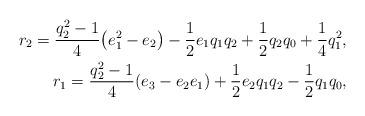
LaTeX: \begin{align*}r_2=\dfrac{q_2^2-1}{4}\big(e_1^2-e_2\big)-\frac{1}{2}e_1q_1q_2+\frac{1}{2}q_2q_0+\frac{1}{4}q_1^2,\\r_1=\dfrac{q_2^2-1}{4}(e_3-e_2e_1)+\frac{1}{2}e_2q_1q_2-\frac{1}{2}q_1q_0,\end{align*}